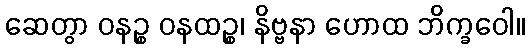
ဆေတွာ ဝနဉ္စ ဝနထဉ္စ၊ နိဗ္ဗနာ ဟောထ ဘိက္ခဝေါ။